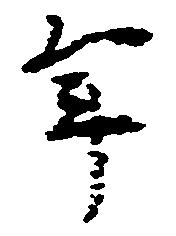
年